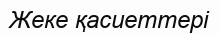
Жеке қасиеттері